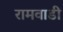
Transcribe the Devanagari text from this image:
रामवाडी